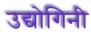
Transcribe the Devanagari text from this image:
उद्योगिनी